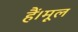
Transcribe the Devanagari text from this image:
हैं।मूल